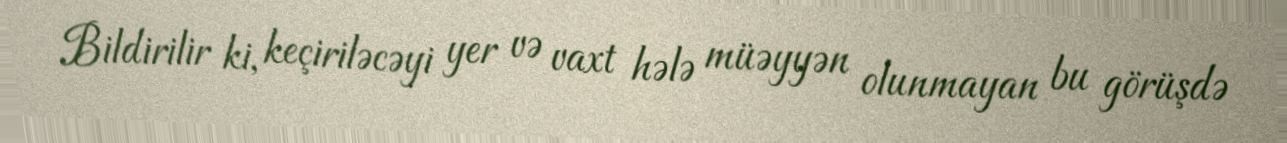
Bildirilir ki, keçiriləcəyi yer və vaxt hələ müəyyən olunmayan bu görüşdə